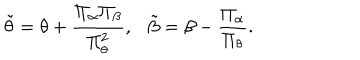
\tilde { \theta } = \theta + { \frac { \Pi _ { \alpha } \Pi _ { \beta } } { \Pi _ { \theta } ^ { 2 } } } , \tilde { \beta } = \beta - { \frac { \Pi _ { \alpha } } { \Pi _ { \theta } } } .